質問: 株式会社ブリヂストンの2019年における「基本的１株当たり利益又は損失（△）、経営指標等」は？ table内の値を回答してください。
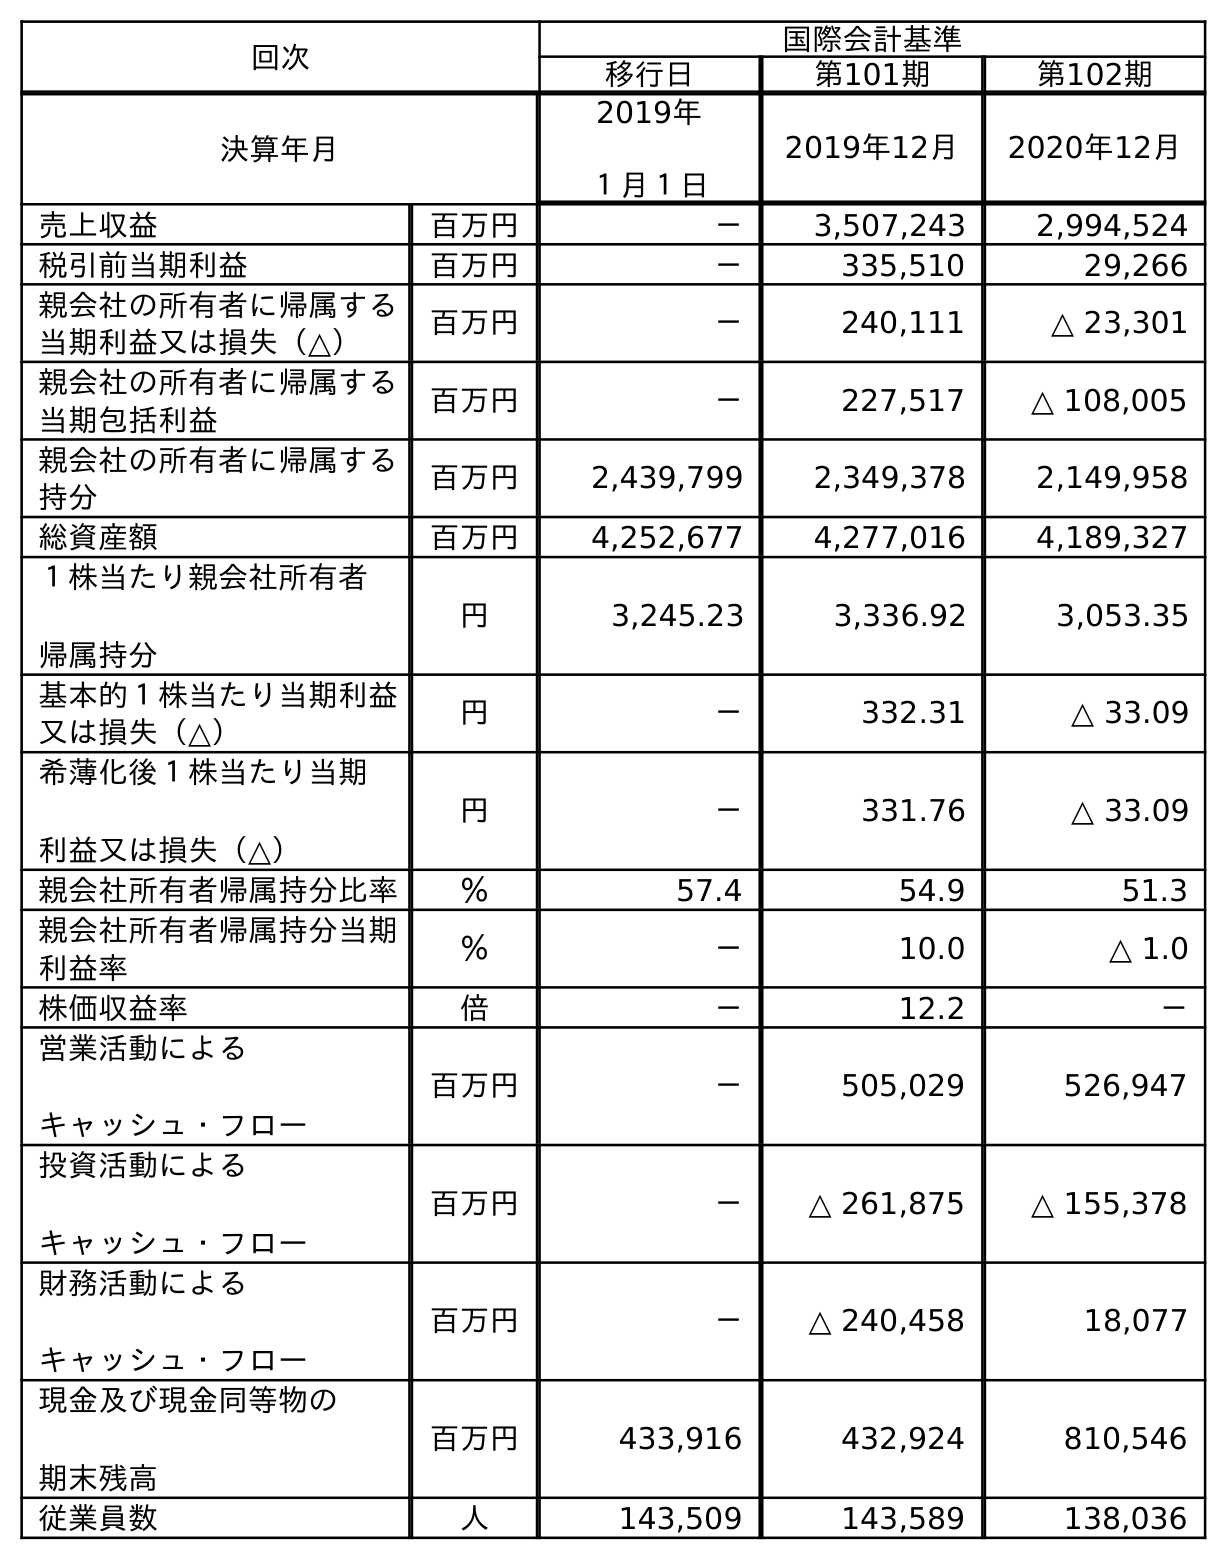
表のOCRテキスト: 回次 国際会計基準 移行日 第101期 第102期 決算年月 2019年 １月１日 2019年12月 2020年12月 売上収益 百万円 － 3,507,243 2,994,524 税引前当期利益 百万円 － 335,510 29,266 親会社の所有者に帰属する 当期利益又は損失（△） 百万円 － 240,111 △ 23,301 親会社の所有者に帰属する 当期包括利益 百万円 － 227,517 △ 108,005 親会社の所有者に帰属する 持分 百万円 2,439,799 2,349,378 2,149,958 総資産額 百万円 4,252,677 4,277,016 4,189,327 １株当たり親会社所有者 帰属持分 円 3,245.23 3,336.92 3,053.35 基本的１株当たり当期利益 又は損失（△） 円 － 332.31 △ 33.09 希薄化後１株当たり当期 利益又は損失（△） 円 － 331.76 △ 33.09 親会社所有者帰属持分比率 ％ 57.4 54.9 51.3 親会社所有者帰属持分当期 利益率 ％ － 10.0 △ 1.0 株価収益率 倍 － 12.2 － 営業活動による キャッシュ・フロー 百万円 － 505,029 526,947 投資活動による キャッシュ・フロー 百万円 － △ 261,875 △ 155,378 財務活動による キャッシュ・フロー 百万円 － △ 240,458 18,077 現金及び現金同等物の 期末残高 百万円 433,916 432,924 810,546 従業員数 人 143,509 143,589 138,036
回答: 332.31